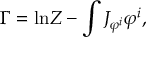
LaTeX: \Gamma = \mathrm { l n } Z - \int J _ { \varphi ^ { i } } \varphi ^ { i } ,